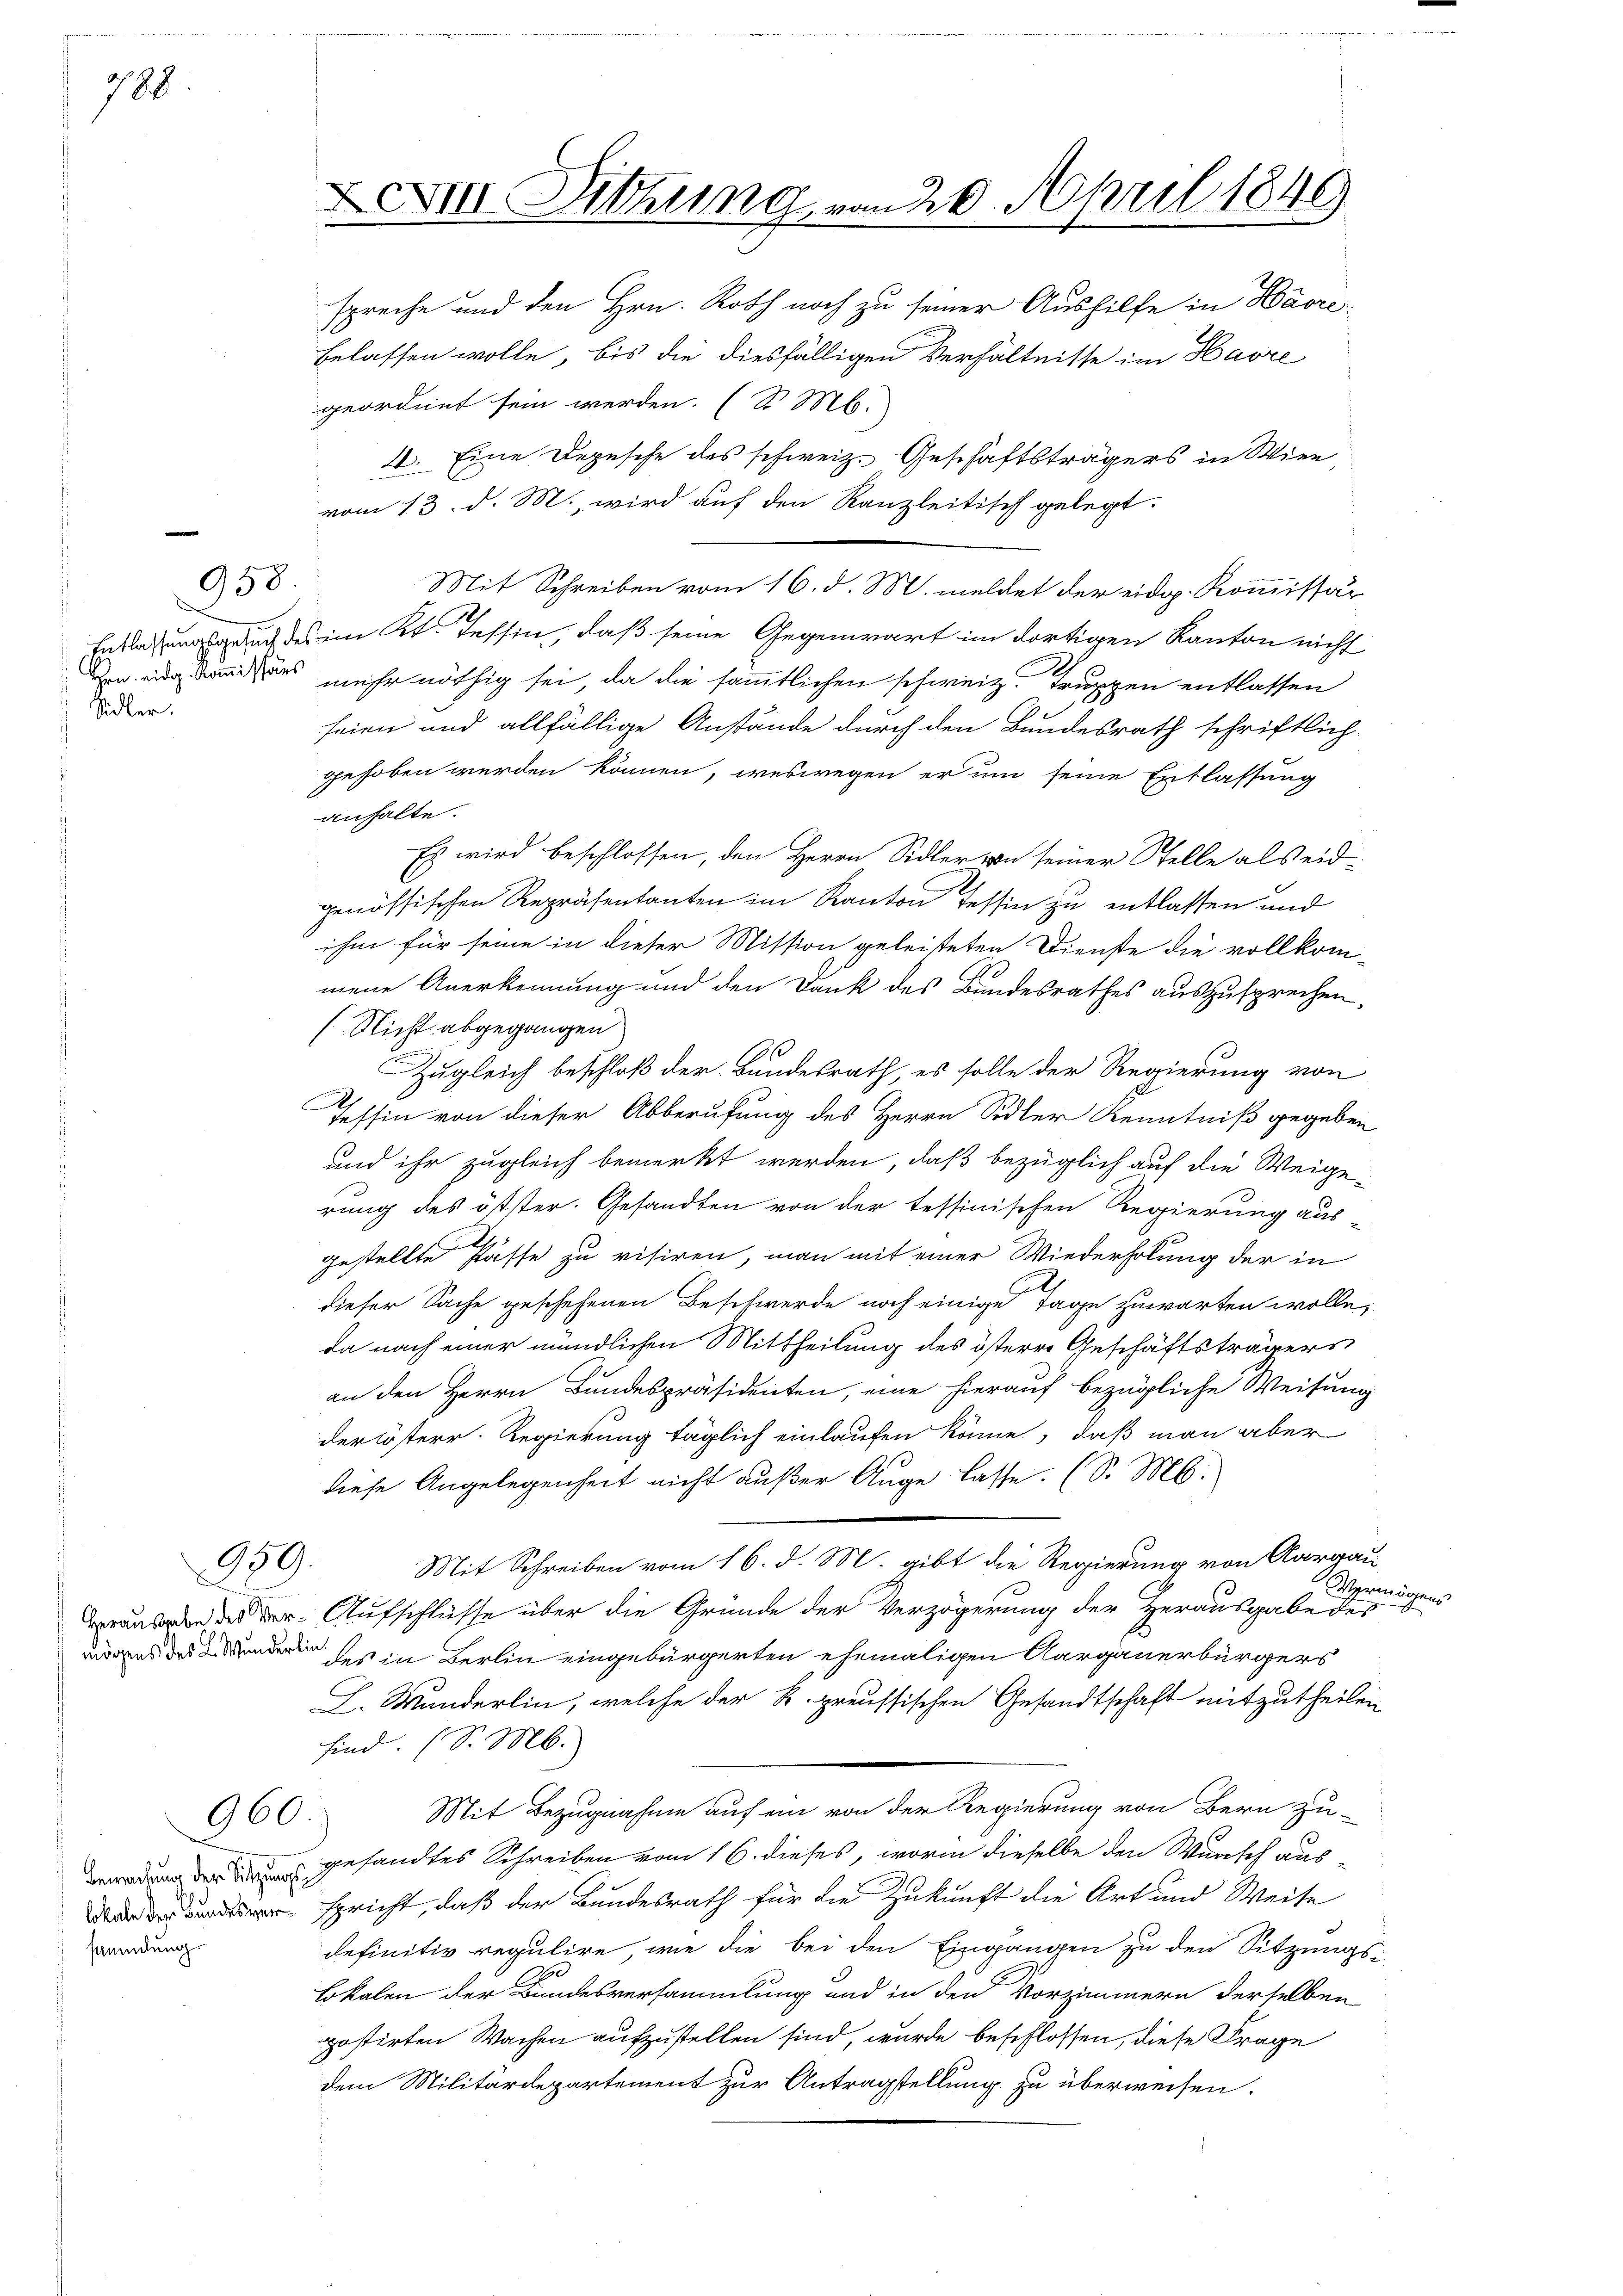
788

Entlassungsgesuch des
Hrn. eidg. Kommissärs
 Sidler.

958

959.

Herausgabe des Vermögens des L. Wunderli

960.

Bewachung der Sitzungslokale der Bundesversammlung.

XXIII. Dittung von 20. April 1840

spreche und den Hrn. Roth noch zu seiner Aushilfe in Harri
belassen wolle, bis die diesfälligen Verhältnisse im Havre
geordnet sein werden. (S. M.
4. Eine Depesche des schweiz. Geschäftsträgers in Wien
vom 13. d. M., wird auf den Kanzleitisch gelegt.
Mit Schreiben vom 16. d. M. meldet der eidg. Kommissär
im Kt. Tessin, daß seine Gegenwart im dortigen Kanton nicht
mehr nöthig sei, da die sämmtlichen schweiz. Truppen entlassen
2
seien und allfällige Anstände durch den Bundesrath schriftlich
gehoben werden können, weswegen er um seine Entlassung
anhalte.
Es wird beschlossen, den Herrn Sidler von seiner Stelle als eidgenössischen Repräsentanten im Kanton Tessin zu entlassen und
ihm für seine in dieser Mission geleisteten Dienste die vollkom-
mene Anerkennung und den Dank des Bundesrathes auszusprechen.
(Nicht abgegangen
2
I
Zugleich beschloß der Bundesrath, es solle der Regierung von
Tessin von dieser Abberufung des Herrn Sidler Kenntniß gegeben
und ihr zugleich bemerkt werden, daß bezüglich auf die Weigerung des öster. Gesandten von der tessinischen Regierung aus
gestellte Pässe zu visiren, man mit einer Wiederholung der in
dieser Sache geschehenen Beschwerde noch einige Tage zuwarten wolle,
da nach einer mündlichen Mittheilung des österre Geschäftsträgers
an den Herrn Bundespräsidenten, eine hierauf bezügliche Weisung
derösterr. Regierung täglich einlaufen könne, daß man aber
diese Angelegenheit nicht außer Auge lasse. (S. M.
Mit Schreiben vom 16. d. M. gibt die Regierung von Aargau
Wermögens
Aufschlüsse über die Grunde der Verzögerung der Herausgabe des
iie
des in Berlin eingebürgerten ehemaligen Aargauerbürgers
L. Wunderlin, welche der K. preussischen Gesandtschaft mitzutheilen
sind. (S. M.
Mit Bezugnahme auf ein von der Regierung von Bern zu-
gesandtes Schreiben vom 16. dieses, worin dieselbe den Wunsch aus-
spricht, daß der Bundesrath für die Zukunft die Art und Weise
definitiv regulire, wie die bei den Eingangen zu den Sitzungs-
Lokalen der Bundesversammlung und in den Vorzimmern derselben
postirten Wachen aufzustellen sind, wurde beschlossen, diese Frage
dem Militärdepartement zur Antragstellung zu überweisen.